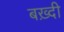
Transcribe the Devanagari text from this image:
बख़्दी